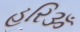
હરિૐ